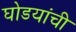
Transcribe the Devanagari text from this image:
घोडयांची